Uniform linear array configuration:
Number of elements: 8
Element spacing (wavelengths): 0.75
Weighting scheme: hamming
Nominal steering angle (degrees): -30
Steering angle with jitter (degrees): -29.799
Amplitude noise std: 0.05
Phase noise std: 0.05

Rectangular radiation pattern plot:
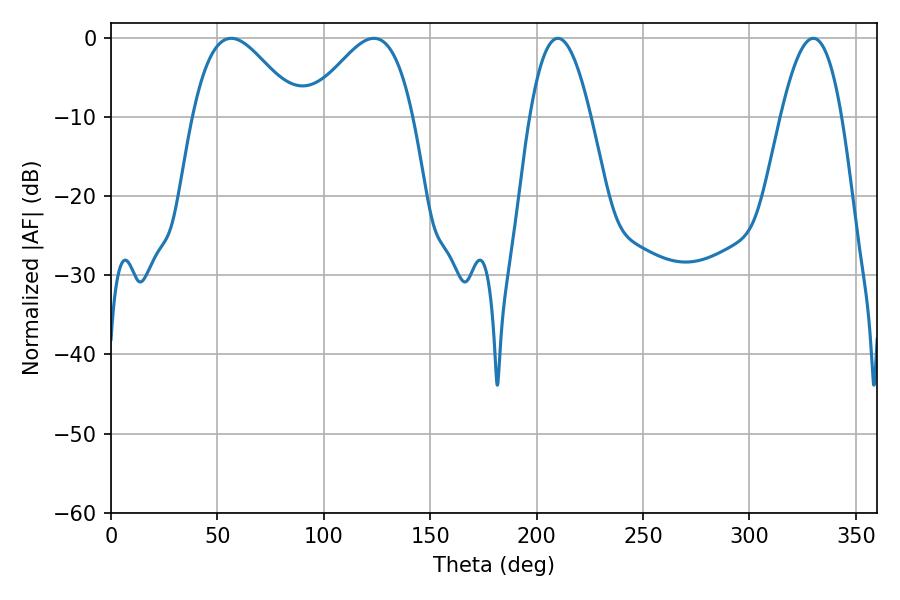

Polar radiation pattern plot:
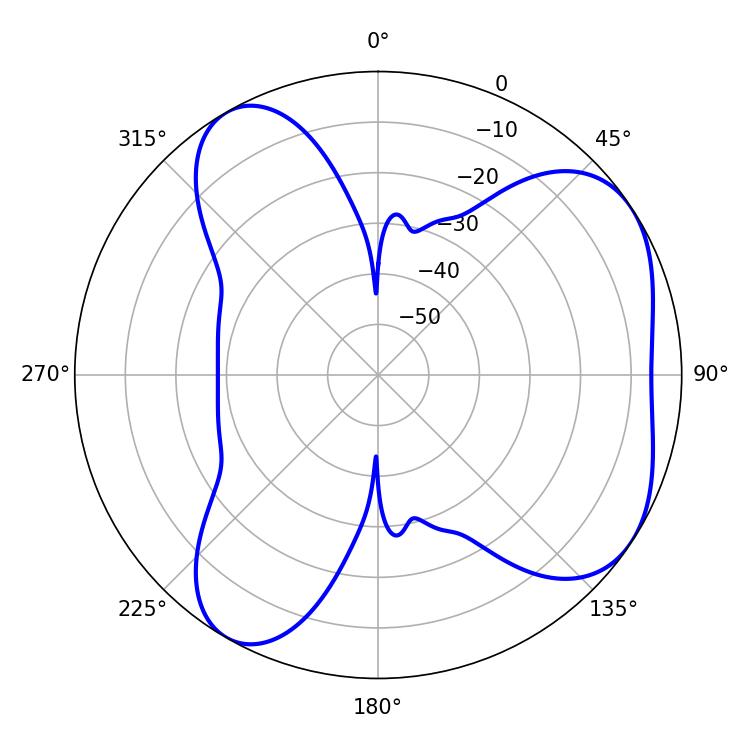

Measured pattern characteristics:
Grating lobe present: TRUE
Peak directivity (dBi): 5.378
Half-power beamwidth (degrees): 26.46
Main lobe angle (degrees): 56.52